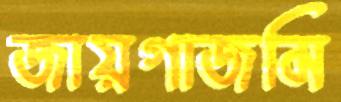
জায়গাজমি